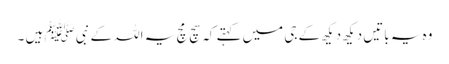
وہ یہ باتیں دیکھ دیکھ کے جی میں کہتے کہ سچ مچ یہ اللہ کے نبی ﷺ ہیں ۔